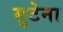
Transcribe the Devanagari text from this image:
सुटेना